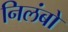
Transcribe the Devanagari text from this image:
निलंबो